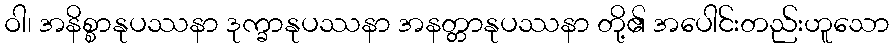
ဝါ၊ အနိစ္စာနုပဿနာ ဒုက္ခာနုပဿနာ အနတ္တာနုပဿနာ တို့၏ အပေါင်းတည်းဟူသော